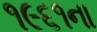
૧૯૬૧ના